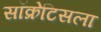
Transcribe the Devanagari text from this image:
सॉक्रेटिसला